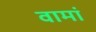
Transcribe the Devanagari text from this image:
वामां